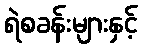
ရဲစခန်းများနှင့်